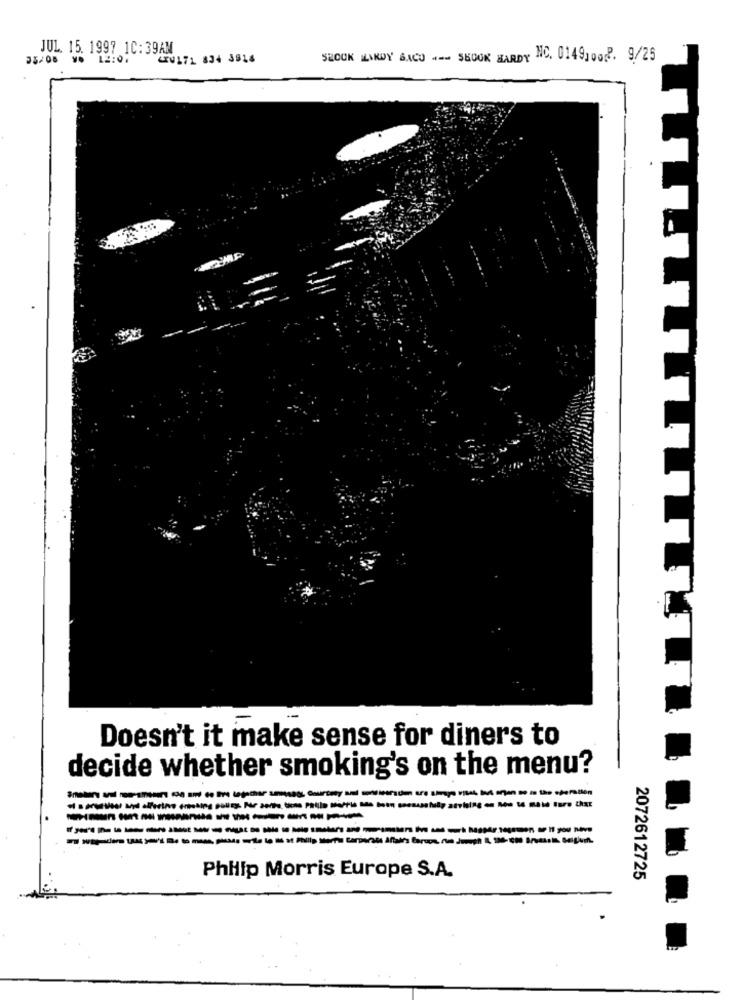
JUL. 15. 1997 10:39AM
35/08 96 12107
20171 834 3816
SHOOK HARDY SACO + -- SKOOK HARDY NC. 0149,002. 9/25
T
Doesn't it make sense for diners to
decide whether smoking's on the menu?
Smakers and reerstenrs 08 and to Be together somsagt Guirtaty and colorado are simps vita, but an in the operation
Philip Morris Europe S.A.
2072612725